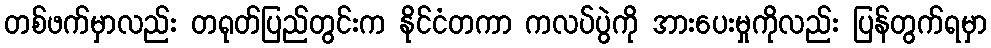
တစ်ဖက်မှာလည်း တရုတ်ပြည်တွင်းက နိုင်ငံတကာ ကလပ်ပွဲကို အားပေးမှုကိုလည်း ပြန်တွက်ရမှာ